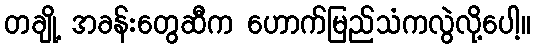
တချို့ အခန်းတွေဆီက ဟောက်မြည်သံကလွဲလို့ပေါ့။